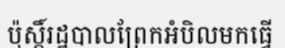
ប៉ុស្តិ៍រដ្ឋបាលព្រែកអំបិលមកធ្វើ